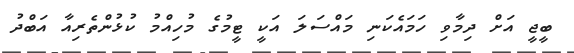
ބީޖީ އަށް ދިމާވި ހަމައެކަނި މައްސަލަ އަކީ ޓީމުގެ މުހިއްމު ކުޅުންތެރިއާ އަބްދު